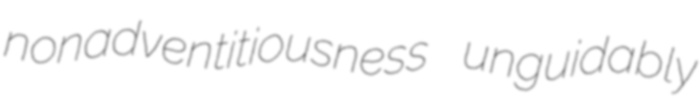
nonadventitiousness unguidably